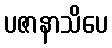
ပဇာနာသိပေ